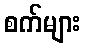
စက်များ